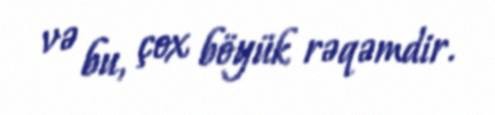
və bu, çox böyük rəqəmdir.